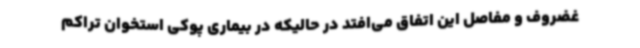
غضروف و مفاصل این اتفاق می‌افتد در حالیکه در بیماری پوکی استخوان تراکم